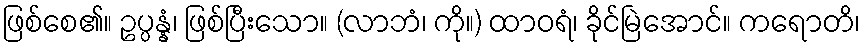
ဖြစ်စေ၏။ ဥပ္ပန္နံ၊ ဖြစ်ပြီးသော။ (လာဘံ၊ ကို။) ထာဝရံ၊ ခိုင်မြဲအောင်။ ကရောတိ၊